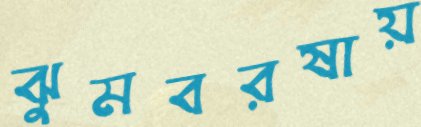
ঝুমবরষায়